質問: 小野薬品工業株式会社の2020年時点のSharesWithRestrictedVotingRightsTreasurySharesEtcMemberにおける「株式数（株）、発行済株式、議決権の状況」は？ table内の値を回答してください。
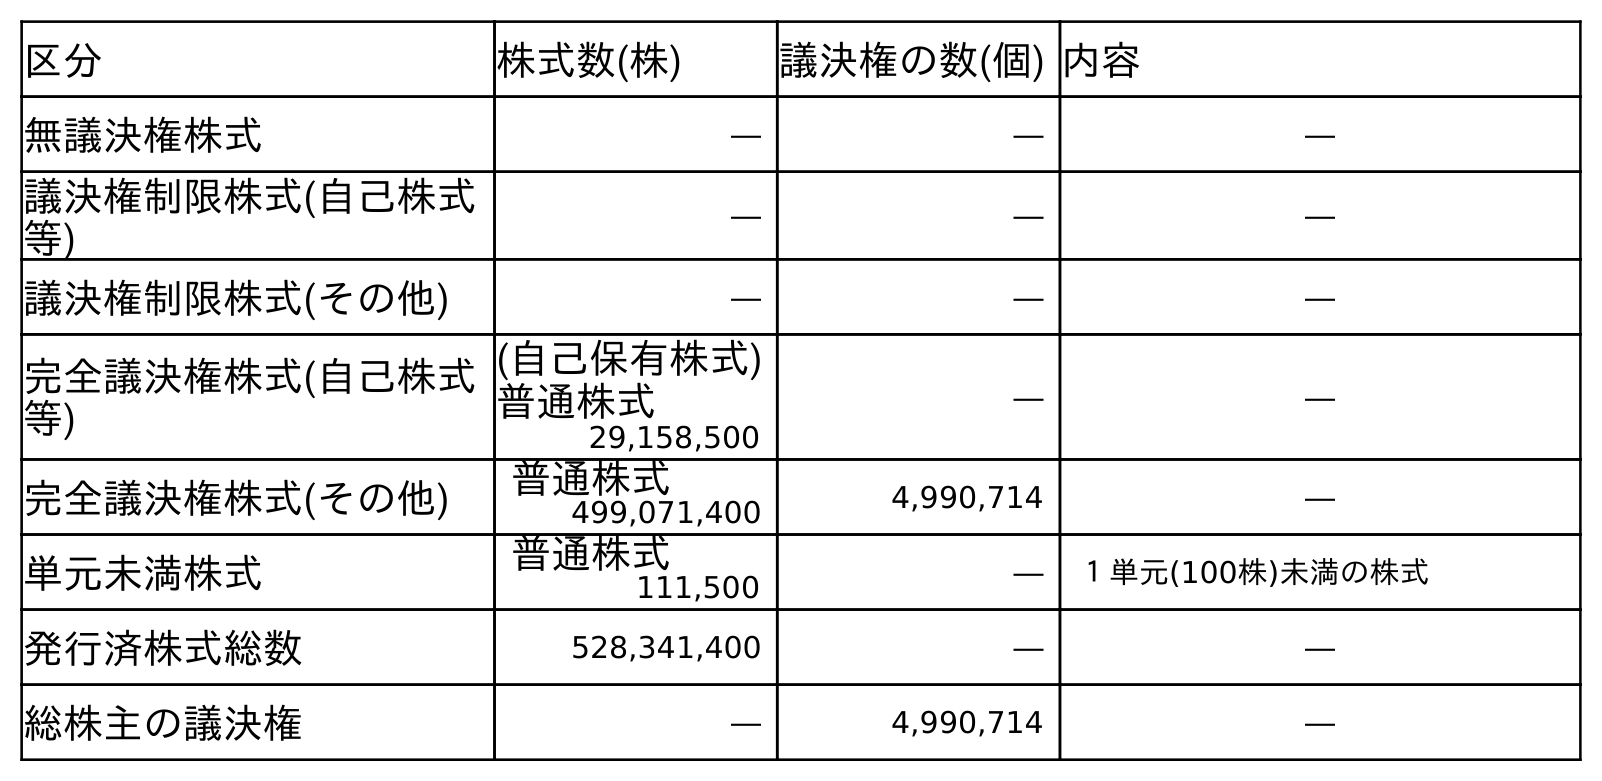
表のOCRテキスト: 区分 株式数(株) 議決権の数(個) 内容 無議決権株式 ― ― ― 議決権制限株式(自己株式 等) ― ― ― 議決権制限株式(その他) ― ― ― 完全議決権株式(自己株式 等) (自己保有株式) 普通株式 ― ― 29,158,500 完全議決権株式(その他) 普通株式 4,990,714 ― 499,071,400 単元未満株式 普通株式 ― １単元(100株)未満の株式 111,500 発行済株式総数 528,341,400 ― ― 総株主の議決権 ― 4,990,714 ―
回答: ―